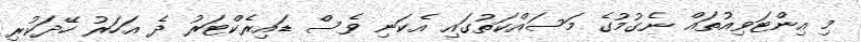
މި އިންޓަވިއުތައް ނެގުމުގެ މަސައްކަތުގައި އެކަނި ވެސް ޑައިރެކްޓަރު ދެ އަހަރު ހޭދަކުރި